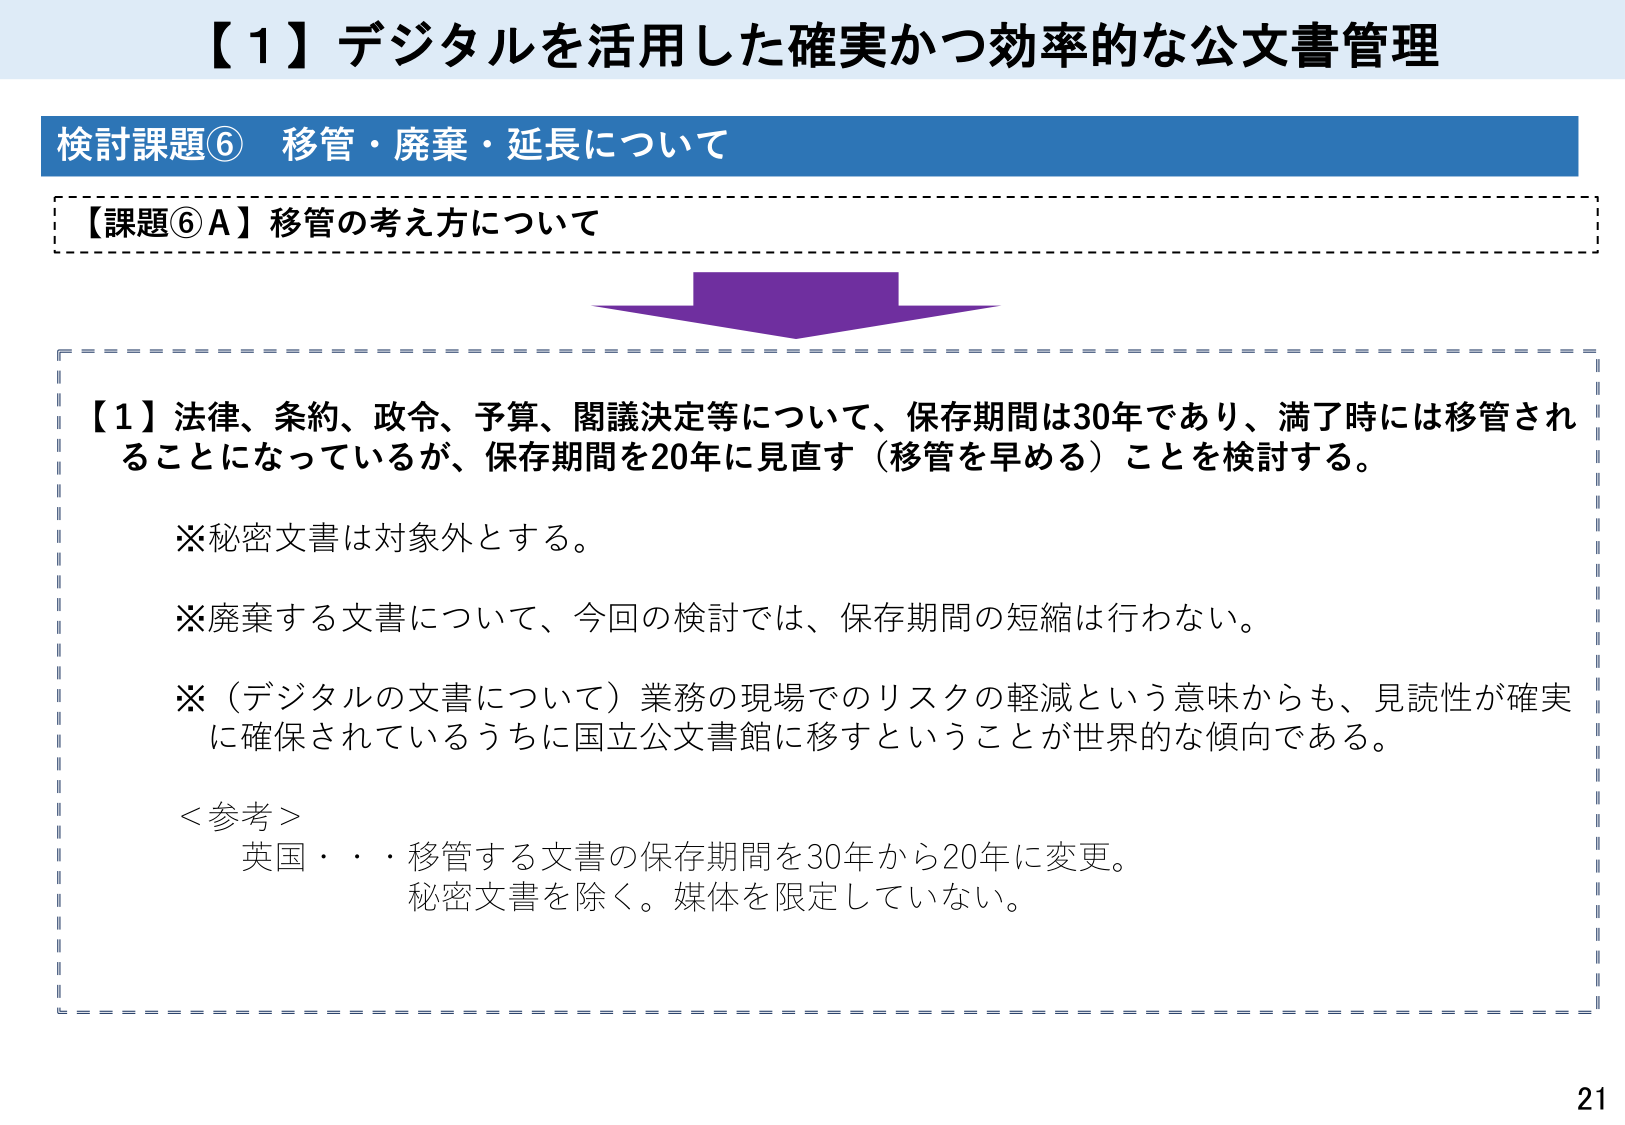
【１】デジタルを活用した確実かつ効率的な公文書管理

検討課題⑥ 移管・廃棄・延長について

【課題⑥Ａ】移管の考え方について

【１】法律、条約、政令、予算、閣議決定等について、保存期間は30年であり、満了時には移管されることになっているが、保存期間を20年に見直す（移管を早める）ことを検討する。

※秘密文書は対象外とする。

※廃棄する文書について、今回の検討では、保存期間の短縮は行わない。

※（デジタルの文書について）業務の現場でのリスクの軽減という意味からも、見読性が確実に確保されているうちに国立公文書館に移すということが世界的な傾向である。

＜参考＞
英国・・・移管する文書の保存期間を30年から20年に変更。
秘密文書を除く。媒体を限定していない。

21